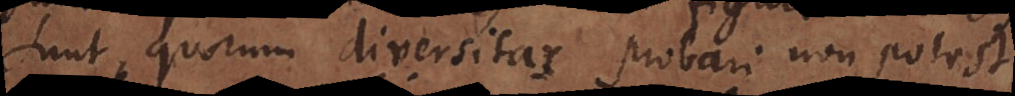
sunt, quorum diversitas probari non potest